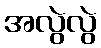
အလွဲလွဲ